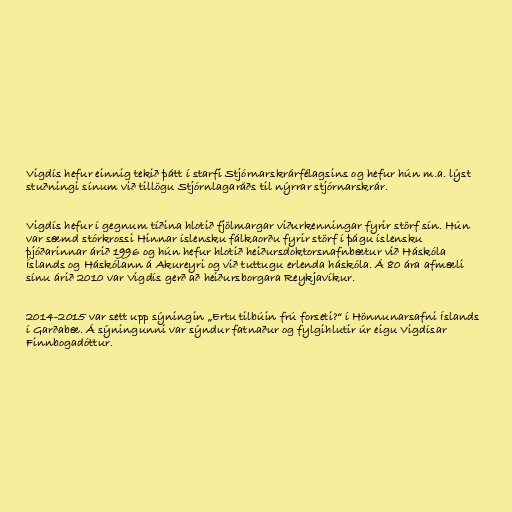
Vigdís hefur einnig tekið þátt í starfi Stjórnarskrárfélagsins og hefur hún m.a. lýst
stuðningi sínum við tillögu Stjórnlagaráðs til nýrrar stjórnarskrár.

Vigdís hefur í gegnum tíðina hlotið fjölmargar viðurkenningar fyrir störf sín. Hún
var sæmd stórkrossi Hinnar íslensku fálkaorðu fyrir störf í þágu íslensku
þjóðarinnar árið 1996 og hún hefur hlotið heiðursdoktorsnafnbætur við Háskóla
Íslands og Háskólann á Akureyri og við tuttugu erlenda háskóla. Á 80 ára afmæli
sínu árið 2010 var Vigdís gerð að heiðursborgara Reykjavíkur.

2014-2015 var sett upp sýningin „Ertu tilbúin frú forseti?“ í Hönnunarsafni Íslands
í Garðabæ. Á sýningunni var sýndur fatnaður og fylgihlutir úr eigu Vigdísar
Finnbogadóttur.